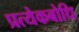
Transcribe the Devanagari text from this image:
प्रत्येकबोधि